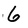
Character: 6